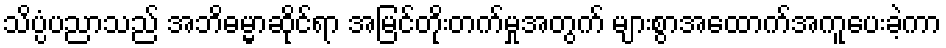
သိပ္ပံပညာသည် အဘိဓမ္မာဆိုင်ရာ အမြင်တိုးတက်မှုအတွက် များစွာအထောက်အကူပေးခဲ့ကာ